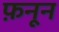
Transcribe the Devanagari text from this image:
फ़नून